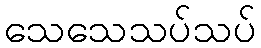
သေသေသပ်သပ်